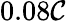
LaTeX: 0.08\mathcal{C}